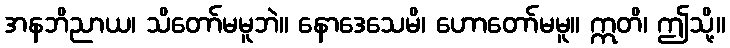
အနဘိညာယ၊ သိတော်မမူဘဲ။ နောဒေသေမိ၊ ဟောတော်မမူ။ ဣတိ၊ ဤသို့။